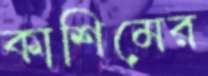
কাশিমের